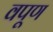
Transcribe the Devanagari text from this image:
वपूण